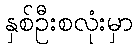
နှစ်ဦးစလုံးမှာ